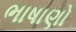
ભાષાણો